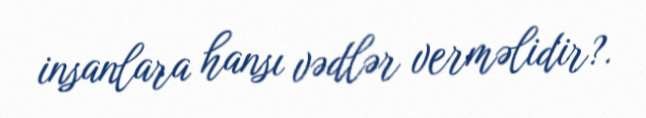
insanlara hansı vədlər verməlidir?.